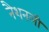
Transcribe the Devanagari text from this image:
नैशनली